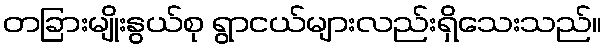
တခြားမျိုးနွယ်စု ရွာငယ်များလည်းရှိသေးသည်။